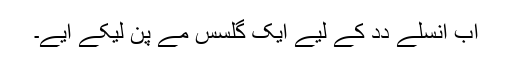
اَب اُنسلے دِدِ کے لِیے ایک گلسس مے پنِ لیکے اَیے۔